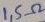
Text: 1,5Ω